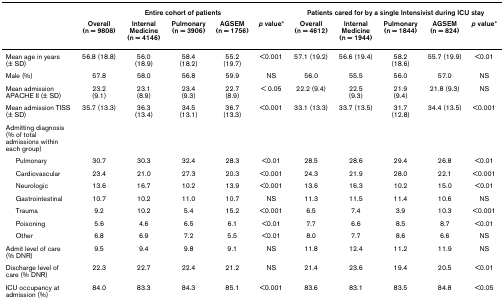
<table><thead><tr><td>[EMPTY_CELL]</td><td colspan="5"><b>Entire cohort of patients</b></td><td colspan="5"><b>Patients cared for by a single Intensivist during ICU stay</b></td></tr><tr><td>[EMPTY_CELL]</td><td><b>Overall(n = 9808)</b></td><td><b>Internal Medicine(n = 4146)</b></td><td><b>Pulmonary(n = 3906)</b></td><td><b>AGSEM(n = 1756)</b></td><td><b><i>p </i>value*</b></td><td><b>Overall(n = 4612)</b></td><td><b>Internal Medicine(n = 1944)</b></td><td><b>Pulmonary(n = 1844)</b></td><td><b>AGSEM(n = 824)</b></td><td><b><i>p </i>value*</b></td></tr></thead><tbody><tr><td>Mean age in years (± SD)</td><td>56.8 (18.8)</td><td>56.0(18.9)</td><td>58.4(18.2)</td><td>55.2(19.7)</td><td>&lt;0.001</td><td>57.1 (19.2)</td><td>56.6 (19.4)</td><td>58.2(18.6)</td><td>55.7 (19.9)</td><td>&lt;0.01</td></tr><tr><td>Male (%)</td><td>57.8</td><td>58.0</td><td>56.8</td><td>59.9</td><td>NS</td><td>56.0</td><td>55.5</td><td>56.0</td><td>57.0</td><td>NS</td></tr><tr><td>Mean admission APACHE II (± SD)</td><td>23.2(9.1)</td><td>23.1(8.9)</td><td>23.4(9.3)</td><td>22.7(8.9)</td><td>&lt; 0.05</td><td>22.2 (9.4)</td><td>22.5(9.3)</td><td>21.9(9.4)</td><td>21.8 (9.3)</td><td>NS</td></tr><tr><td>Mean admission TISS (± SD)</td><td>35.7 (13.3)</td><td>36.3(13.4)</td><td>34.5(13.1)</td><td>36.7(13.3)</td><td>&lt;0.001</td><td>33.1 (13.3)</td><td>33.7 (13.5)</td><td>31.7(12.8)</td><td>34.4 (13.5)</td><td>&lt;0.001</td></tr><tr><td>Admitting diagnosis (% of totaladmissions within each group)</td><td>[EMPTY_CELL]</td><td>[EMPTY_CELL]</td><td>[EMPTY_CELL]</td><td>[EMPTY_CELL]</td><td>[EMPTY_CELL]</td><td>[EMPTY_CELL]</td><td>[EMPTY_CELL]</td><td>[EMPTY_CELL]</td><td>[EMPTY_CELL]</td><td>[EMPTY_CELL]</td></tr><tr><td> Pulmonary</td><td>30.7</td><td>30.3</td><td>32.4</td><td>28.3</td><td>&lt;0.01</td><td>28.5</td><td>28.6</td><td>29.4</td><td>26.8</td><td>&lt;0.01</td></tr><tr><td> Cardiovascular</td><td>23.4</td><td>21.0</td><td>27.3</td><td>20.3</td><td>&lt;0.001</td><td>24.3</td><td>21.9</td><td>28.0</td><td>22.1</td><td>&lt;0.001</td></tr><tr><td> Neurologic</td><td>13.6</td><td>16.7</td><td>10.2</td><td>13.9</td><td>&lt;0.001</td><td>13.6</td><td>16.3</td><td>10.2</td><td>15.0</td><td>&lt;0.01</td></tr><tr><td> Gastrointestinal</td><td>10.7</td><td>10.2</td><td>11.0</td><td>10.7</td><td>NS</td><td>11.3</td><td>11.5</td><td>11.4</td><td>10.6</td><td>NS</td></tr><tr><td> Trauma</td><td>9.2</td><td>10.2</td><td>5.4</td><td>15.2</td><td>&lt;0.001</td><td>6.5</td><td>7.4</td><td>3.9</td><td>10.3</td><td>&lt;0.001</td></tr><tr><td> Poisoning</td><td>5.6</td><td>4.6</td><td>6.5</td><td>6.1</td><td>&lt;0.01</td><td>7.7</td><td>6.6</td><td>8.5</td><td>8.7</td><td>&lt;0.01</td></tr><tr><td> Other</td><td>6.8</td><td>6.9</td><td>7.2</td><td>5.5</td><td>&lt;0.01</td><td>8.0</td><td>7.7</td><td>8.6</td><td>6.6</td><td>NS</td></tr><tr><td>Admit level of care (% DNR)</td><td>9.5</td><td>9.4</td><td>9.8</td><td>9.1</td><td>NS</td><td>11.8</td><td>12.4</td><td>11.2</td><td>11.9</td><td>NS</td></tr><tr><td>Discharge level of care (% DNR)</td><td>22.3</td><td>22.7</td><td>22.4</td><td>21.2</td><td>NS</td><td>21.4</td><td>23.6</td><td>19.4</td><td>20.5</td><td>&lt;0.01</td></tr><tr><td>ICU occupancy at admission (%)</td><td>84.0</td><td>83.3</td><td>84.3</td><td>85.1</td><td>&lt;0.001</td><td>83.6</td><td>83.1</td><td>83.5</td><td>84.8</td><td>&lt;0.05</td></tr></tbody></table>